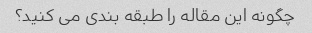
چگونه این مقاله را طبقه بندی می کنید؟